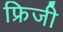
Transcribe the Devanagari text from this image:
फ्रिजी